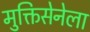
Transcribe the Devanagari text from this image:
मुक्तिसेनेला